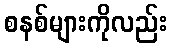
စနစ်များကိုလည်း